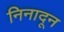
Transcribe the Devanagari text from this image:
निनादून